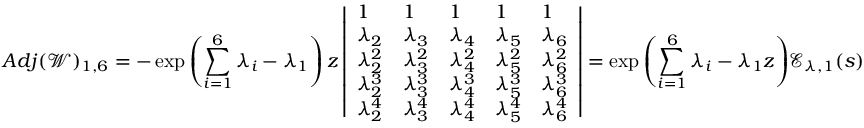
A d j ( \mathscr { W } ) _ { 1 , 6 } = - \exp { \left( \sum _ { i = 1 } ^ { 6 } \lambda _ { i } - \lambda _ { 1 } \right) z } \left| \begin{array} { l l l l l } { 1 } & { 1 } & { 1 } & { 1 } & { 1 } \\ { \lambda _ { 2 } } & { \lambda _ { 3 } } & { \lambda _ { 4 } } & { \lambda _ { 5 } } & { \lambda _ { 6 } } \\ { \lambda _ { 2 } ^ { 2 } } & { \lambda _ { 3 } ^ { 2 } } & { \lambda _ { 4 } ^ { 2 } } & { \lambda _ { 5 } ^ { 2 } } & { \lambda _ { 6 } ^ { 2 } } \\ { \lambda _ { 2 } ^ { 3 } } & { \lambda _ { 3 } ^ { 3 } } & { \lambda _ { 4 } ^ { 3 } } & { \lambda _ { 5 } ^ { 3 } } & { \lambda _ { 6 } ^ { 3 } } \\ { \lambda _ { 2 } ^ { 4 } } & { \lambda _ { 3 } ^ { 4 } } & { \lambda _ { 4 } ^ { 4 } } & { \lambda _ { 5 } ^ { 4 } } & { \lambda _ { 6 } ^ { 4 } } \end{array} \right| = \exp { \left( \sum _ { i = 1 } ^ { 6 } \lambda _ { i } - \lambda _ { 1 } z \right) } \mathscr { E } _ { \lambda , 1 } ( s )